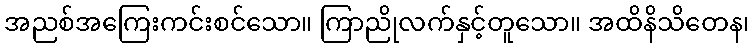
အညစ်အကြေးကင်းစင်သော။ ကြာညိုလက်နှင့်တူသော။ အထိနိသိတေန၊